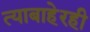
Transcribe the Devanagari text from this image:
त्याबाहेरही